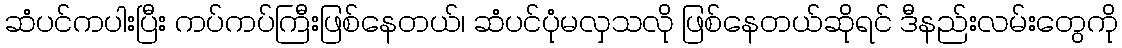
ဆံပင်ကပါးပြီး ကပ်ကပ်ကြီးဖြစ်နေတယ်၊ ဆံပင်ပုံမလှသလို ဖြစ်နေတယ်ဆိုရင် ဒီနည်းလမ်းတွေကို